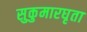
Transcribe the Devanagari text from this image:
सुकुमारघृता